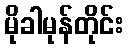
မိုခါမုန်တိုင်း